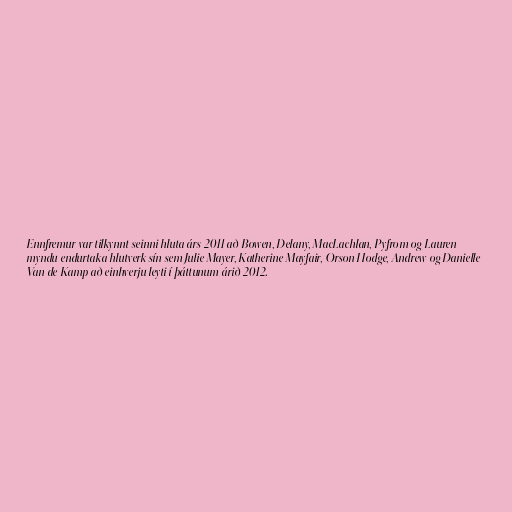
Ennfremur var tilkynnt seinni hluta árs 2011 að Bowen, Delany, MacLachlan, Pyfrom og Lauren
myndu endurtaka hlutverk sín sem Julie Mayer, Katherine Mayfair, Orson Hodge, Andrew og Danielle
Van de Kamp að einhverju leyti í þáttunum árið 2012.